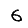
Digit: 6